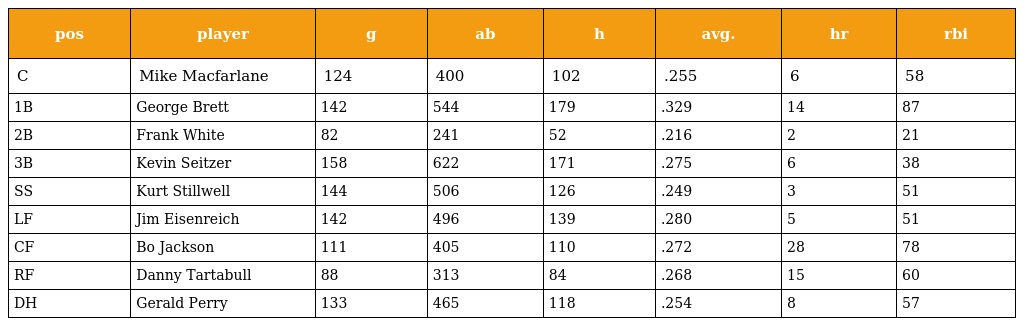
| pos | player | g | ab | h | avg. | hr | rbi |
 | --- | --- | --- | --- | --- | --- | --- | --- |
 | C | Mike Macfarlane | 124 | 400 | 102 | .255 | 6 | 58 |
 | 1B | George Brett | 142 | 544 | 179 | .329 | 14 | 87 |
 | 2B | Frank White | 82 | 241 | 52 | .216 | 2 | 21 |
 | 3B | Kevin Seitzer | 158 | 622 | 171 | .275 | 6 | 38 |
 | SS | Kurt Stillwell | 144 | 506 | 126 | .249 | 3 | 51 |
 | LF | Jim Eisenreich | 142 | 496 | 139 | .280 | 5 | 51 |
 | CF | Bo Jackson | 111 | 405 | 110 | .272 | 28 | 78 |
 | RF | Danny Tartabull | 88 | 313 | 84 | .268 | 15 | 60 |
 | DH | Gerald Perry | 133 | 465 | 118 | .254 | 8 | 57 |